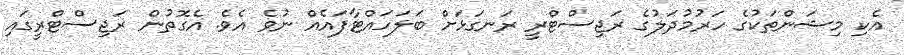
އެކި މިޝަންތަކުގެ ހަރުމުދަލުގެ ރަޖިސްޓްރީ ރަނގަޅަށް ބަލަހައްޓާފައެއް ނުވެ އެވެ. އެގޮތުން ރަޖިސްޓްރީގައި